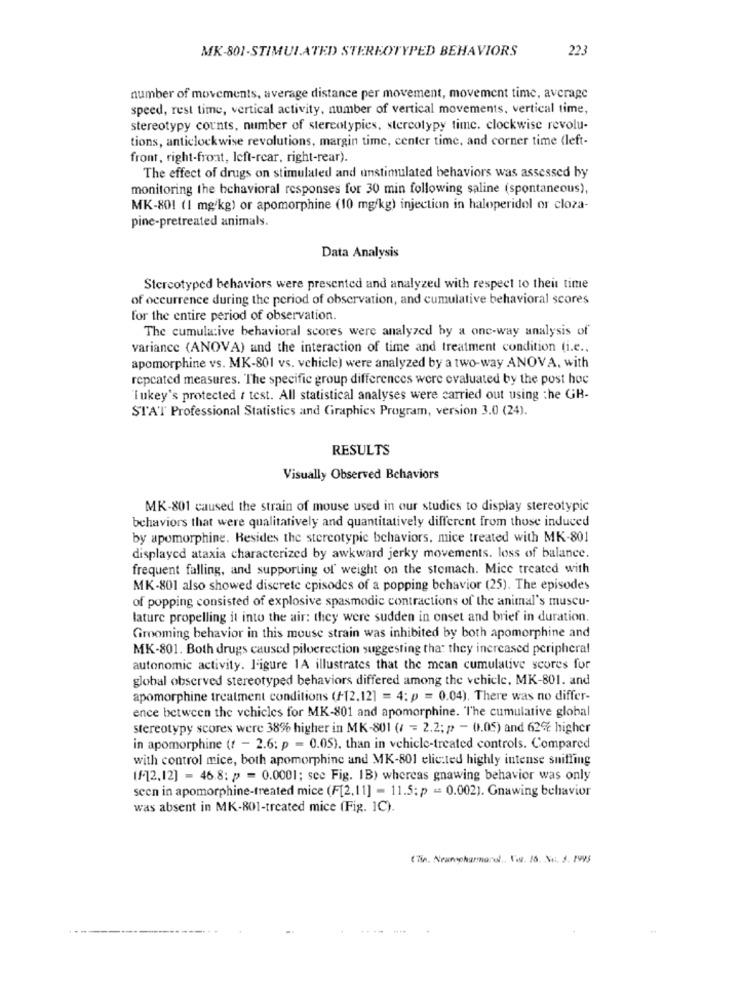
MK-801-STIMULATED STEREOTYPED BEHAVIORS
223
number of movements, average distance per movement, movement time, average
speed, rest time, vertical activity, number of vertical movements, vertical time,
stereotypy counts, number of stereotypies, stereotypy time, clockwise revolu-
tions, anticlockwise revolutions, margin time, center time, and corner time (left-
front, right-front, left-rear, right-rear).
The effect of drugs on stimulated and unstimulated behaviors was assessed by
monitoring the behavioral responses for 30 min following saline (spontaneous),
MK-801 (1 mg/kg) or apomorphine (10 mg/kg) injection in haloperidol or cloza-
pine-pretreated animals.
Data Analysis
Stereotyped behaviors were presented and analyzed with respect to their time
of occurrence during the period of observation, and cumulative behavioral scores
for the entire period of observation.
The cumulative behavioral scores were analyzed by a one-way analysis of
variance (ANOVA) and the interaction of time and treatment condition (i.e .,
apomorphine vs. MK-801 vs. vehicle) were analyzed by a two-way ANOVA, with
repcated measures. The specific group differences were evaluated by the post hoc
'Tukey's protected t test. All statistical analyses were carried out using the GH-
STAT Professional Statistics and Graphics Program, version 3.0 (24).
RESULTS
Visually Observed Behaviors
MK-801 caused the strain of mouse used in our studies to display stereotypic
behaviors that were qualitatively and quantitatively different from those induced
by apomorphine. Besides the stereotypic behaviors, mice treated with MK-801
displayed ataxia characterized by awkward jerky movements. loss of balance.
frequent falling, and supporting of weight on the stomach. Mice treated with
MK-801 also showed discrete episodes of a popping behavior (25). The episodes
of popping consisted of explosive spasmodic contractions of the animal's muscu-
laturc propelling it into the air: they were sudden in onset and brief in duration.
Grooming behavior in this mouse strain was inhibited by both apomorphine and
MK-801. Both drugs caused piloerection suggesting that they increased peripheral
autonomic activity. Figure 1A illustrates that the mean cumulative scores for
global observed stereotyped behaviors differed among the vehicle, MK-801. and
apomorphine treatment conditions (/-12.12] = 4: p = 0.04). There was no differ-
ence between the vehicles for MK-801 and apomorphine. "The cumulative global
stereotypy scores were 38% higher in MK-801 (/ = 2.2; p - 0.05) and 62% higher
in apomorphine (t - 2.6: p = 0.05), than in vehicle-treated controls. Compared
with control mice, both apomorphine and MK-801 elic:ted highly intense sniffing
(f-12,12] = 46.8: p = 0.0001; see Fig. 1B) whereas gnawing behavior was only
seen in apomorphine-treated mice (F[2,11] = 11.5: p == 0.002). Gnawing behavior
was absent in MK-801-treated mice (Fig. 1C).